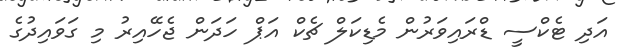
އަދި ޓެކްސީ ޑްރައިވަރުން މެޑިކަލް ޗެކް އަޕް ހަދަން ޖެހޭއިރު މި ގަވައިދުގެ